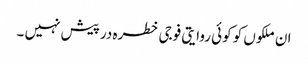
ان ملکوں کو کوئی روایتی فوجی خطرہ در پیش نہیں ۔